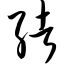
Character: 绪